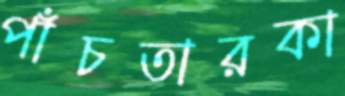
পাঁচতারকা